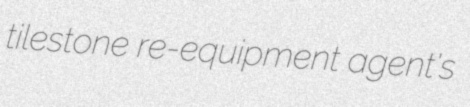
tilestone re-equipment agent's